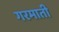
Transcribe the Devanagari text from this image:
गरमाती